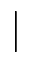
\vert